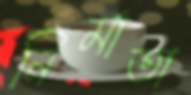
নির্মাতা